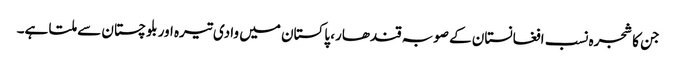
جن کا شجرہ نسب افغانستان کے صوبہ قندھار، پاکستان میں وادی تیرہ اور بلوچستان سے ملتا ہے۔